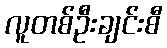
လူတစ်ဦးချင်းစီ